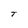
Character: T